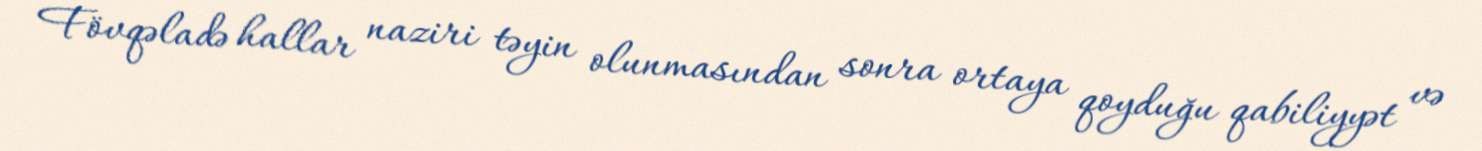
Fövqəladə hallar naziri təyin olunmasından sonra ortaya qoyduğu qabiliyyət və